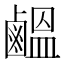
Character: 𪉸